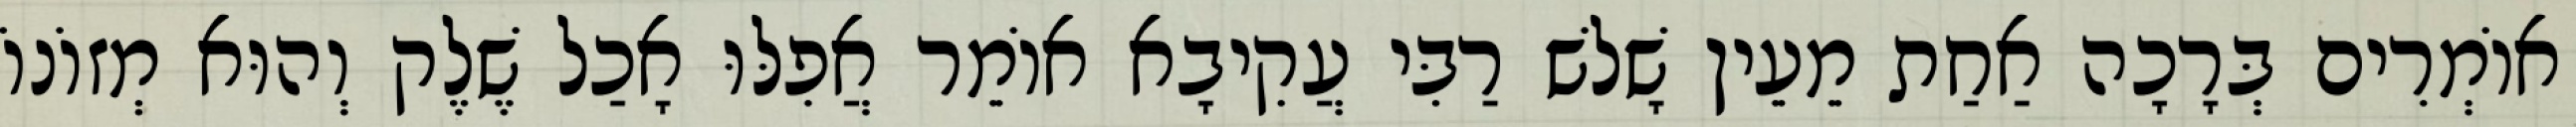
אוֹמְרִים בְּרָכָה אַחַת מֵעֵין שָׁלשׁ רַבִּי עֲקִיבָא אוֹמֵר אֲפִלּוּ אָכַל שֶׁלֶק וְהוּא מְזוֹנוֹ